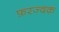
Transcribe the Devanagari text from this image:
फ़रज्दक़